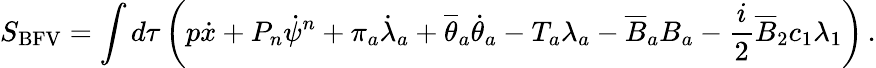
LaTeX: S_{\mathrm{BFV}}=\int d\tau\left(p\dot{x}+P_{n}\dot{\psi}^{n}+\pi_{a}\dot{\lambda}_{a}+\overline{{{\theta}}}_{a}\dot{\theta}_{a}-T_{a}\lambda_{a}-\overline{{{B}}}_{a}B_{a}-\frac{i}{2}\overline{{{B}}}_{2}c_{1}\lambda_{1}\right)\, .